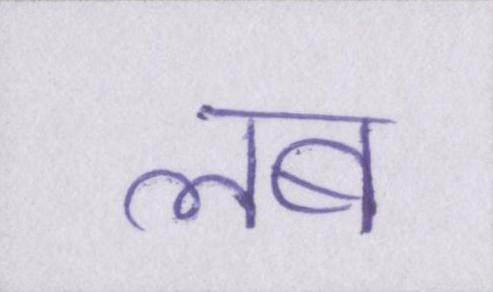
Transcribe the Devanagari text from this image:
लब